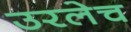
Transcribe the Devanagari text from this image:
उरलेच